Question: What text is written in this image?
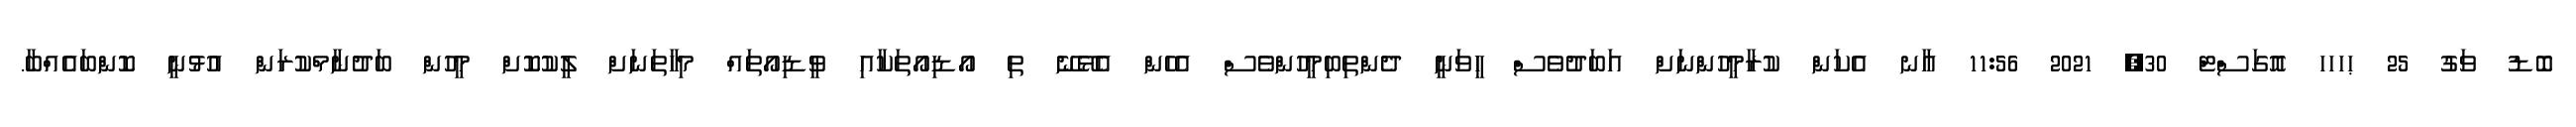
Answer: ބޮޑު ވަގު 25 ޙހހހ އޮގަސްޓް 30, 2021 11:56 އާނ އެކަން ކުރާމީހުންނަށް އަބަދުވެސް ހީވަނީ ދެންތިބިމީހުންވެސް އެހެން އެޅޭނޭ ތި އޯޑިއޯތަކާއި ވީޑިއޯތައް މިހާތަނަށް ލީކުކޮށް މީހުން ބަދުނާމްކުރަން އުޅުނީ ކޮންބައެއްބާ.